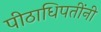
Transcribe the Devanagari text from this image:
पीठाधिपतींनी